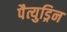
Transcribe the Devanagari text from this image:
पैत्युड्रिन